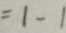
= 1 - 1